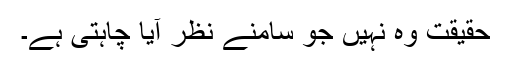
حقیقت وہ نہیں جو سامنے نظر آیا چاہتی ہے۔